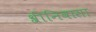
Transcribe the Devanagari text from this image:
श्रीनिवासा